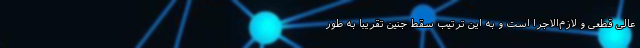
عالی قطعی و لازم‌الاجرا است و به این ترتیب سقط جنین تقریبا به طور